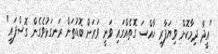
"އީދާ ދިމާކޮށް ވިޔަފާރި ހާއްސަ ގޮތެއްގައި ވަނީ ވަރަށް ބޮޑުތަން ރަނގަޅުވެގެން ގޮސްފައި"